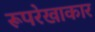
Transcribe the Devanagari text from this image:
रूपरेखाकार